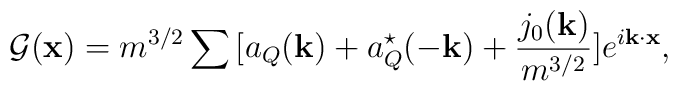
{\cal G}({\bf x}) = m^{3/2}\sum{}[a_Q({\bf k}) +a^\star_Q(-{\bf k})+\frac{j_0({\bf k})}{m^{3/2}}]e^{i{\bf k\cdot x}},